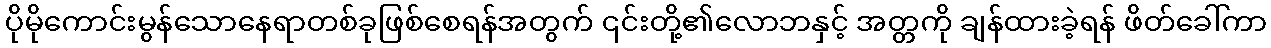
ပိုမိုကောင်းမွန်သောနေရာတစ်ခုဖြစ်စေရန်အတွက် ၎င်းတို့၏လောဘနှင့် အတ္တကို ချန်ထားခဲ့ရန် ဖိတ်ခေါ်ကာ